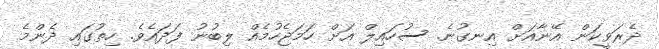
ދެރަވީކަން އޭނާއަށް އިނގުނެެ. ސުހައިލް އަށް ހަމަޖެހުމެއް ލިބުނު ފަދައެވެ. ހިތުގައި ދެންމެ